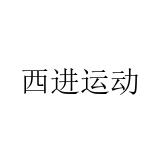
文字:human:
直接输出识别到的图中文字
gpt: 西进运动